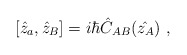
\begin{align*}[\hat{z}_a,\hat{z}_B]=i\hbar\hat{C}_{AB}(\hat{z_A})\ ,\end{align*}